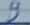
Text: 9